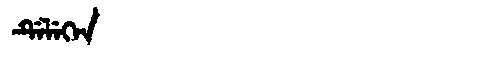
Manchu: ᡩᡝᠯᡝᡴᡝᠨ
Romanization: DELEKEN